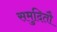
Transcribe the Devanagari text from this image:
समुदितौ